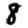
Digit: 8